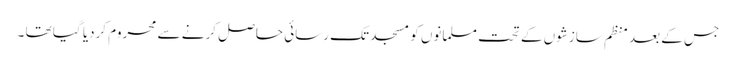
جس کے بعد منظم سازشوں کے تحت مسلمانوں کو مسجد تک رسائی حاصل کرنے سے محروم کردیا گیا تھا ۔